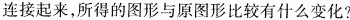
连接起来，所得的图形与原图形比较有什么变化?